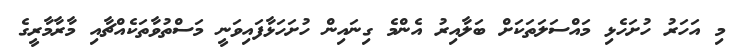
މި އަހަރު ހުށަހެޅި މައްސަލަތަކަށް ބަލާއިރު އެންމެ ގިނައިން ހުށަހަޅާފައިވަނީ މަސްތުވާތަކެއްޗާއި މާރާމާރީގެ